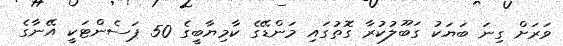
ވަރަށް ގިނަ ބަޔަކު ގަބޫލުކުރާ ގޮތުގައި މަންޑޭގެ ކާމިޔާބީގެ 50 ޕަސެންޓަކީ އޭނާގެ